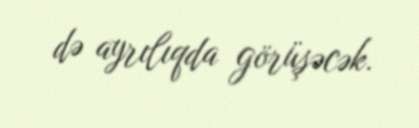
də ayrılıqda görüşəcək.